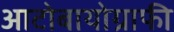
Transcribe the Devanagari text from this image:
आटोबायोग्राफी